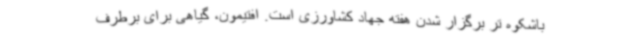
باشکوه تر برگزار شدن هفته جهاد کشاورزی است. افتیمون، گیاهی برای برطرف